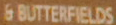
6 BUTTERFIELDS